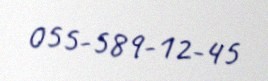
055-589-12-45